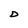
Character: D